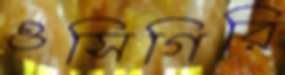
ওসিগিরি